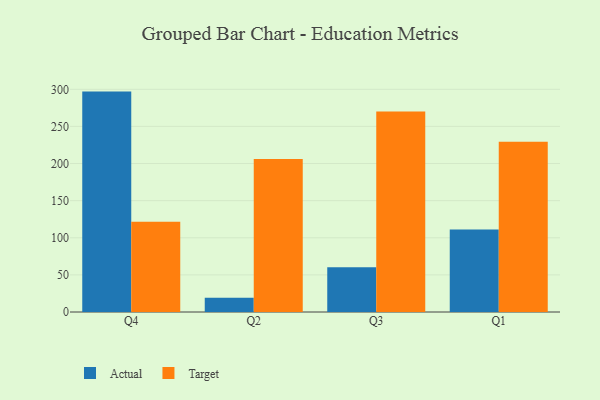
{"axis": {"x": "Quarter", "y": "Population (Million)"}, "legend": ["Actual", "Target"], "data": [{"x": "Q4", "y": 296.9, "type": "Actual"}, {"x": "Q4", "y": 121.7, "type": "Target"}, {"x": "Q2", "y": 19.2, "type": "Actual"}, {"x": "Q2", "y": 206.2, "type": "Target"}, {"x": "Q3", "y": 60.3, "type": "Actual"}, {"x": "Q3", "y": 270.2, "type": "Target"}, {"x": "Q1", "y": 111.1, "type": "Actual"}, {"x": "Q1", "y": 229.2, "type": "Target"}]}